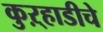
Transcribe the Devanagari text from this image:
कुऱ्हाडीचे